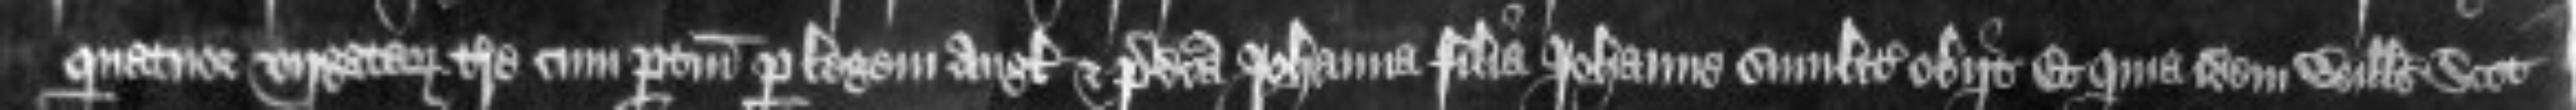
quatuor virgatarum terre cum pertinenciis per legem Anglie et predicta Johanna filia Johanne similiter obiit Et quia idem Willelmus Scot